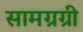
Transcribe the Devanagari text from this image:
सामग्रग्री